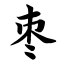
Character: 枣